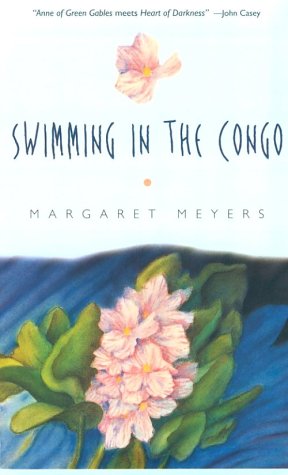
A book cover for Swimming in the Congo; Margaret Meyers; Travel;